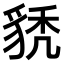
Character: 𧳌